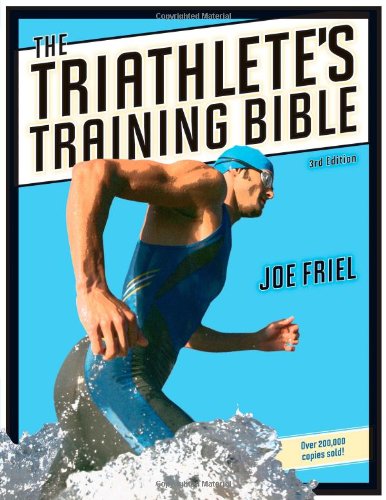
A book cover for The Triathlete's Training Bible; Joe Friel; Health, Fitness & Dieting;